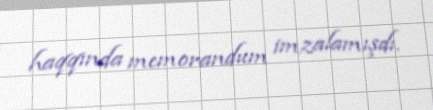
haqqında memorandum imzalamışdı.